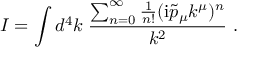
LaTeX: I = \int d ^ { 4 } k \; \frac { \sum _ { n = 0 } ^ { \infty } \frac { 1 } { n ! } ( \mathrm { i } \tilde { p } _ { \mu } k ^ { \mu } ) ^ { n } } { k ^ { 2 } } ~ .